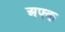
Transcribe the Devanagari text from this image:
अफ्क